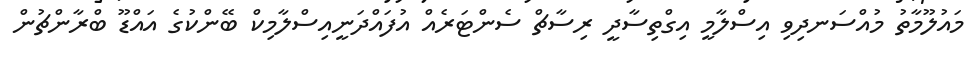
މައުލޫމާތު މުއްސަނދިވި އިސްލާމީ އިގްތިސާދީ ރިސާޗް ސެންޓަރެއް އުފައްދަނީއިސްލާމިކް ބޭންކުގެ އައްޑޫ ބްރާންޗުން